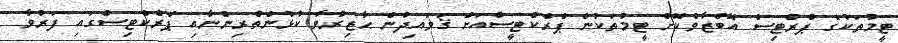
ޓީމުތަކުގެ ޕްރްޓިސް އޮބްޒާވްކޮށް ޓީމުތަކުން ޕްރެކްޓީސްއަށް ޤަވައިދުން ޙާޒިރުވާ ކުޅުންތެރިންނާއި ޕްރެކްޓިސްގައި ފަރުވާ